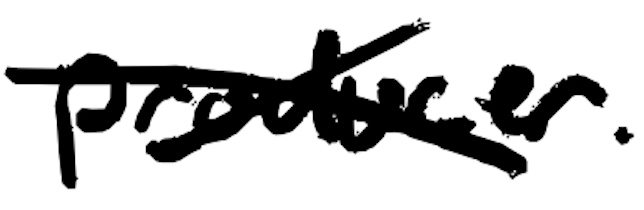
Text: producer.
Cross-out: cross
Writing tool: digital_black